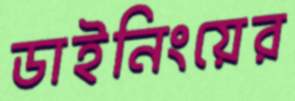
ডাইনিংয়ের